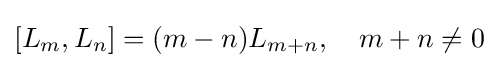
[L_{m},L_{n}]=(m-n)L_{m+n},\quad m+n\neq 0